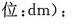
位：dm)：